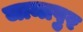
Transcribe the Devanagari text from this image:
जामापुर